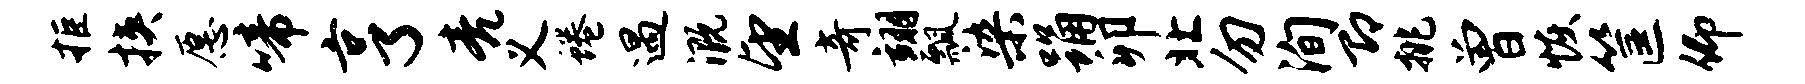
拒挟愿啼亨亮义蜷遇溉望奇翊瓢染踊卯北勿洵即挑曾恢筐仰